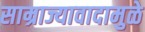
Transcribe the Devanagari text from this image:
साम्राज्यावादामुळे